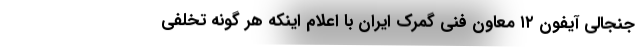
جنجالی آیفون ۱۲ معاون فنی گمرک ایران با اعلام اینکه هر گونه تخلفی